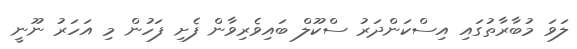
ލަވަ މުބާރާތުގައި އިސްކަންދަރު ސްކޫލް ބައިވެރިވާން ފެށި ފަހުން މި އަހަރު ނޫނީ